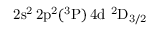
\mathrm { 2 s ^ { 2 } \, 2 p ^ { 2 } ( ^ { 3 } P ) \, 4 d ~ ^ { 2 } D _ { 3 / 2 } }